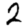
Digit: 2